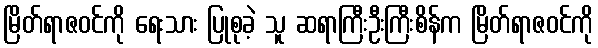
မြိတ်ရာဇဝင်ကို ရေးသား ပြုစုခဲ့ သူ ဆရာကြီးဦးကြီးစိန်က မြိတ်ရာဇဝင်ကို